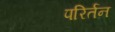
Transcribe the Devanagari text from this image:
परिर्तन